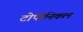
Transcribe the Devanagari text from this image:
टोपोनिकल